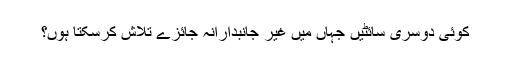
کوئی دوسری سائٹیں جہاں میں غیر جانبدارانہ جائزے تلاش کرسکتا ہوں؟